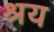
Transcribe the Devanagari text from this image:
श्रय